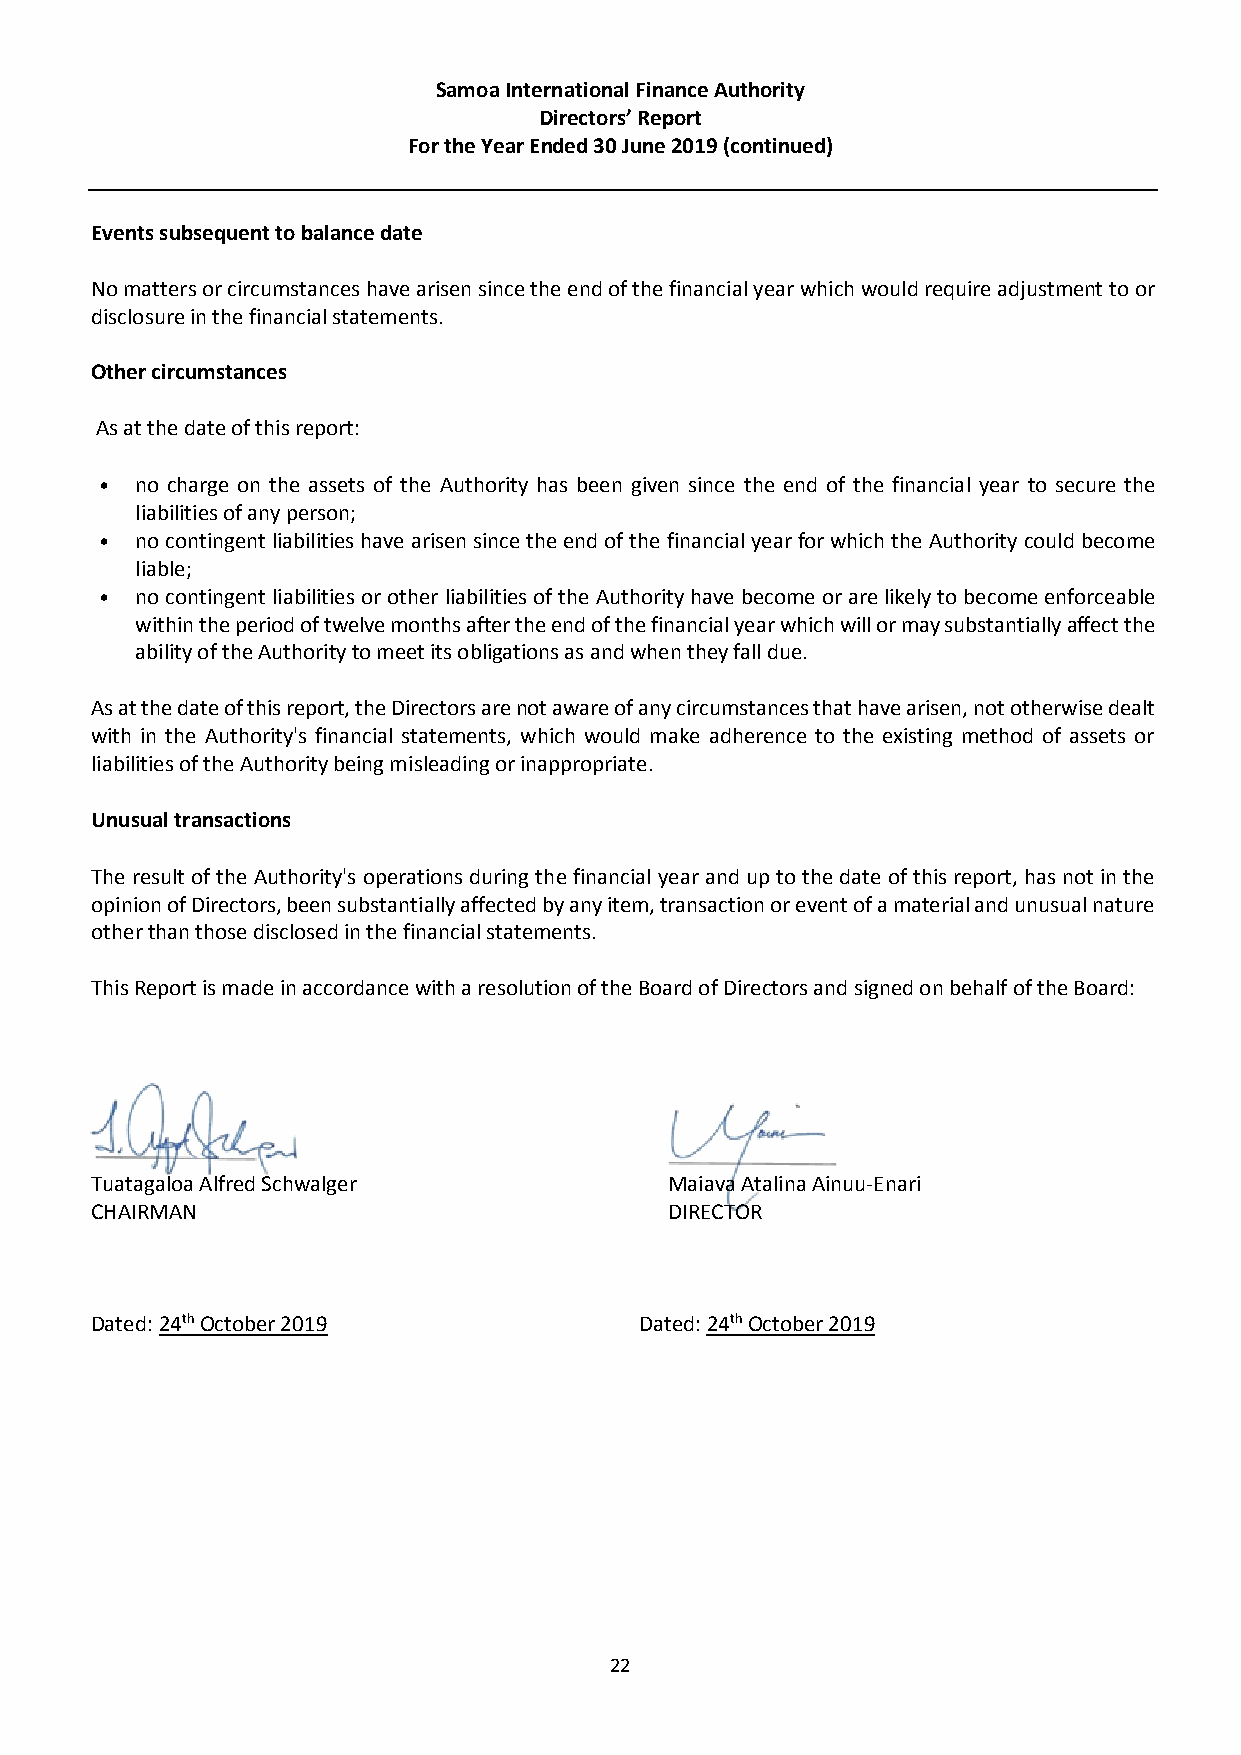
Samoa International Finance Authority
 Directors’ Report
 For the Year Ended 30 June 2019 (continued)
 Events subsequent to balance date
 No matters or circumstances have arisen since the end of the financial year which would require adjustment to or
 disclosure in the financial statements.
 Other circumstances
 As at the date of this report:
 •  no charge on the assets of the Authority has been given since the end of the financial year to secure the
 liabilities of any person;
 •  no contingent liabilities have arisen since the end of the financial year for which the Authority could become
 liable;
 •  no contingent liabilities or other liabilities of the Authority have become or are likely to become enforceable
 within the period of twelve months after the end of the financial year which will or may substantially affect the
 ability of the Authority to meet its obligations as and when they fall due.
 As at the date of this report, the Directors are not aware of any circumstances that have arisen, not otherwise dealt
 with in the Authority's financial statements, which would make adherence to the existing method of assets or
 liabilities of the Authority being misleading or inappropriate.
 Unusual transactions
 The result of the Authority's operations during the financial year and up to the date of this report, has not in the
 opinion of Directors, been substantially affected by any item, transaction or event of a material and unusual nature
 other than those disclosed in the financial statements.
 This Report is made in accordance with a resolution of the Board of Directors and signed on behalf of the Board:
 Tuatagaloa Alfred Schwalger           Maiava Atalina Ainuu-Enari
 CHAIRMAN                              DIRECTOR
 Dated: 24th October 2019            Dated: 24th October 2019
 22